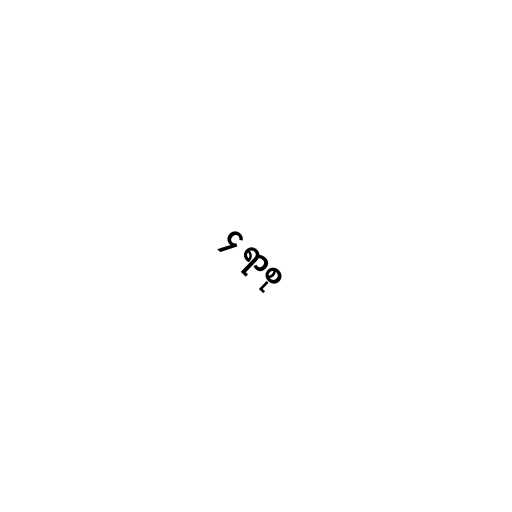
၄ ရာစု